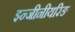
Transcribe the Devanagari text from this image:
इन्जीनीयरिङ